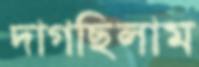
দাগছিলাম